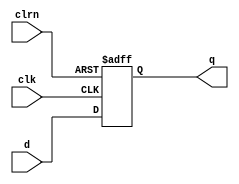
`timescale 1ns / 1ps
//////////////////////////////////////////////////////////////////////////////////
// Company: 
// Engineer: 
// 
// Design Name: 
// Module Name:    dff32 
// Project Name: 
// Target Devices: 
// Tool versions: 
// Description: 
//
// Dependencies: 
//
// Revision: 
// Revision 0.01 - File Created
// Additional Comments: 
//
//////////////////////////////////////////////////////////////////////////////////
module dff32(d,clk,clrn,q
    );
	 input [31:0] d;
	 input clk,clrn;
	 output [31:0] q;
	 reg [31:0]q;
	 always @ (posedge clk or negedge clrn) begin
			if(clrn == 0) q <= 0;
			else			q <= d;
	 end
	 initial
	 q = 0;
endmodule